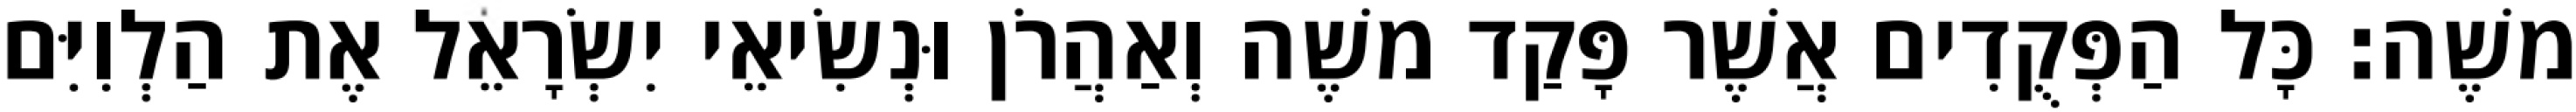
משֶׁה׃ כָּל הַפְּקֻדִים אֲשֶׁר פָּקַד משֶׁה וְאַהֲרֹן וּנְשִׂיאֵי יִשְׂרָאֵל אֶת הַלְוִיִּם